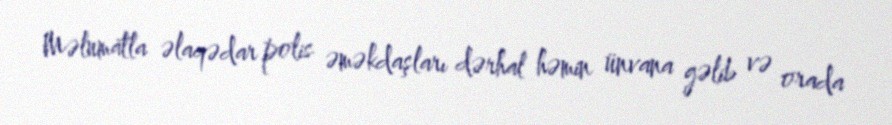
Məlumatla əlaqədar polis əməkdaşları dərhal həmin ünvana gəlib və orada